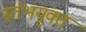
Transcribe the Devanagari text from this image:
स्तंभयुक्त